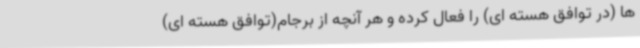
ها (در توافق هسته ای) را فعال کرده و هر آنچه از برجام(توافق هسته ای)